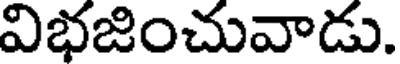
విభజించువాడు.